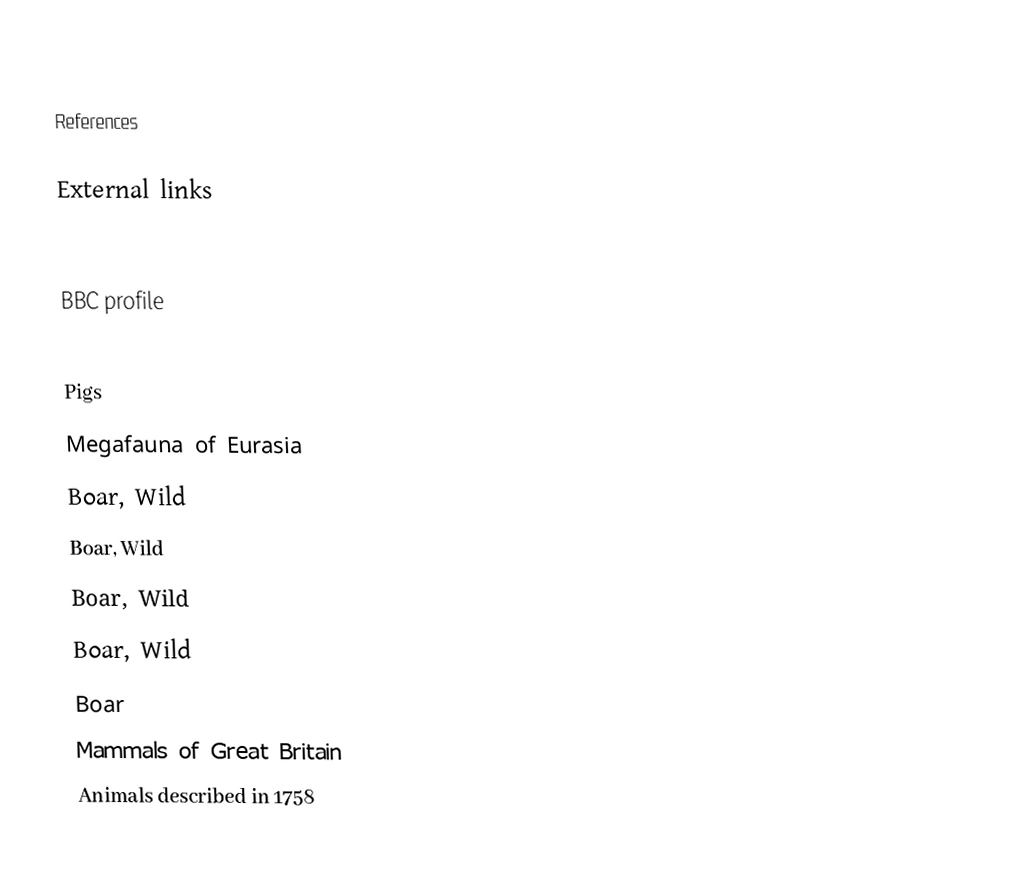

References

External links

 BBC profile

Pigs
Megafauna of Eurasia
Boar, Wild
Boar, Wild
Boar, Wild
Boar, Wild
Boar
Mammals of Great Britain
Animals described in 1758